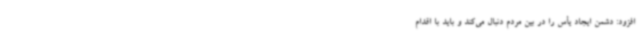
افزود: دشمن ایجاد یأس را در بین مردم دنبال می‌کند و باید با اقدام